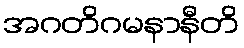
အဂတိဂမနာနီတိ